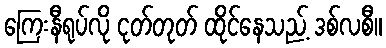
ကြေးနီရုပ်လို ငုတ်တုတ် ထိုင်နေသည့် ဒစ်လစီ။